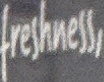
freshness